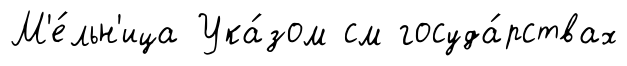
М'е́льн'ица Ука́зом см госуда́рствах